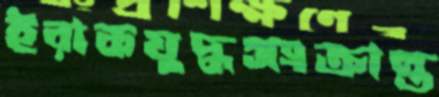
ইরাকযুদ্ধসংক্রান্ত